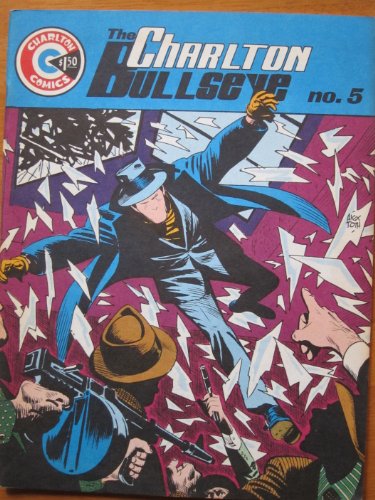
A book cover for Charlton Bullseye, No. 5; Michael Uslan; Comics & Graphic Novels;